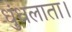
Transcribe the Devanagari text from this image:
धुंधलाता।